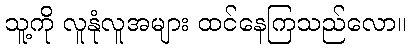
သူ့ကို လူနုံလူအများ ထင်နေကြသည်လော။